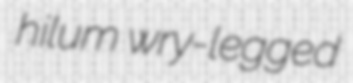
hilum wry-legged